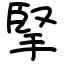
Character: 掔